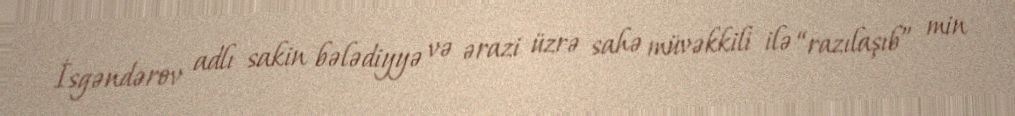
İsgəndərov adlı sakin bələdiyyə və ərazi üzrə sahə müvəkkili ilə “razılaşıb” min